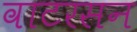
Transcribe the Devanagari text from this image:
वाटरसन